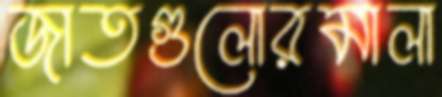
জাতগুলোরমালা